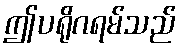
ဤပရိုဂရမ်သည်